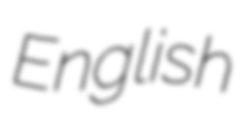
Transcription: English